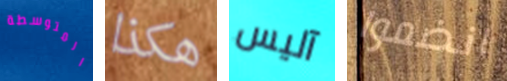
المتوسطة هكذا آليس انضموا